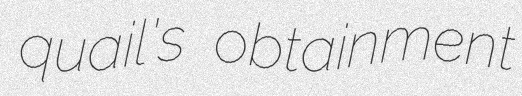
quail's obtainment